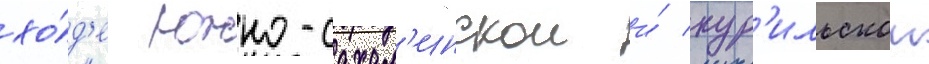
хо́д'е южно-сахал'инскои и́ кур'ильскои